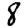
Digit: 8